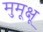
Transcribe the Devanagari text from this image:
मुमूक्षू